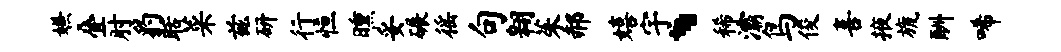
嫌叠肘豹聒菜兹研行恒曛妥碾徭句翱茱郝嬉宇、稀灞鸟俊喜掖旒酬唏